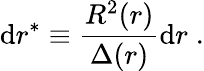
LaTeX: \mathrm{d}r^{*}\equiv\frac{R^{2}(r)}{\Delta(r)}\mathrm{d}r\; .